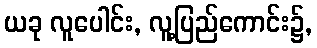
ယခု လူပေါင်း, လူ့ပြည်ကောင်း၌,